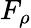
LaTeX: F_{\rho}